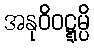
အနုဝိဝဋ္ဋမ္ပိ